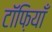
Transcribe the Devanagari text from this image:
टॉफ़ियाँ